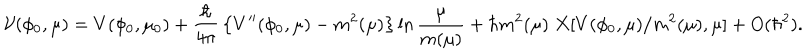
{ \cal V } ( \phi _ { 0 } , \mu ) = V ( \phi _ { 0 } , \mu _ { 0 } ) + { \frac { \hbar } { 4 \pi } } \left\{ V ^ { \prime \prime } ( \phi _ { 0 } , \mu ) - m ^ { 2 } ( \mu ) \right\} \ln { \frac { \mu } { m ( \mu ) } } + \hbar m ^ { 2 } ( \mu ) \; X [ V ( \phi _ { 0 } , \mu ) / m ^ { 2 } ( \mu ) , \mu ] + O ( \hbar ^ { 2 } ) .